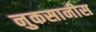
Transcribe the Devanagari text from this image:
नुकसानीस